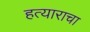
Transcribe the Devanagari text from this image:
हत्याराचा